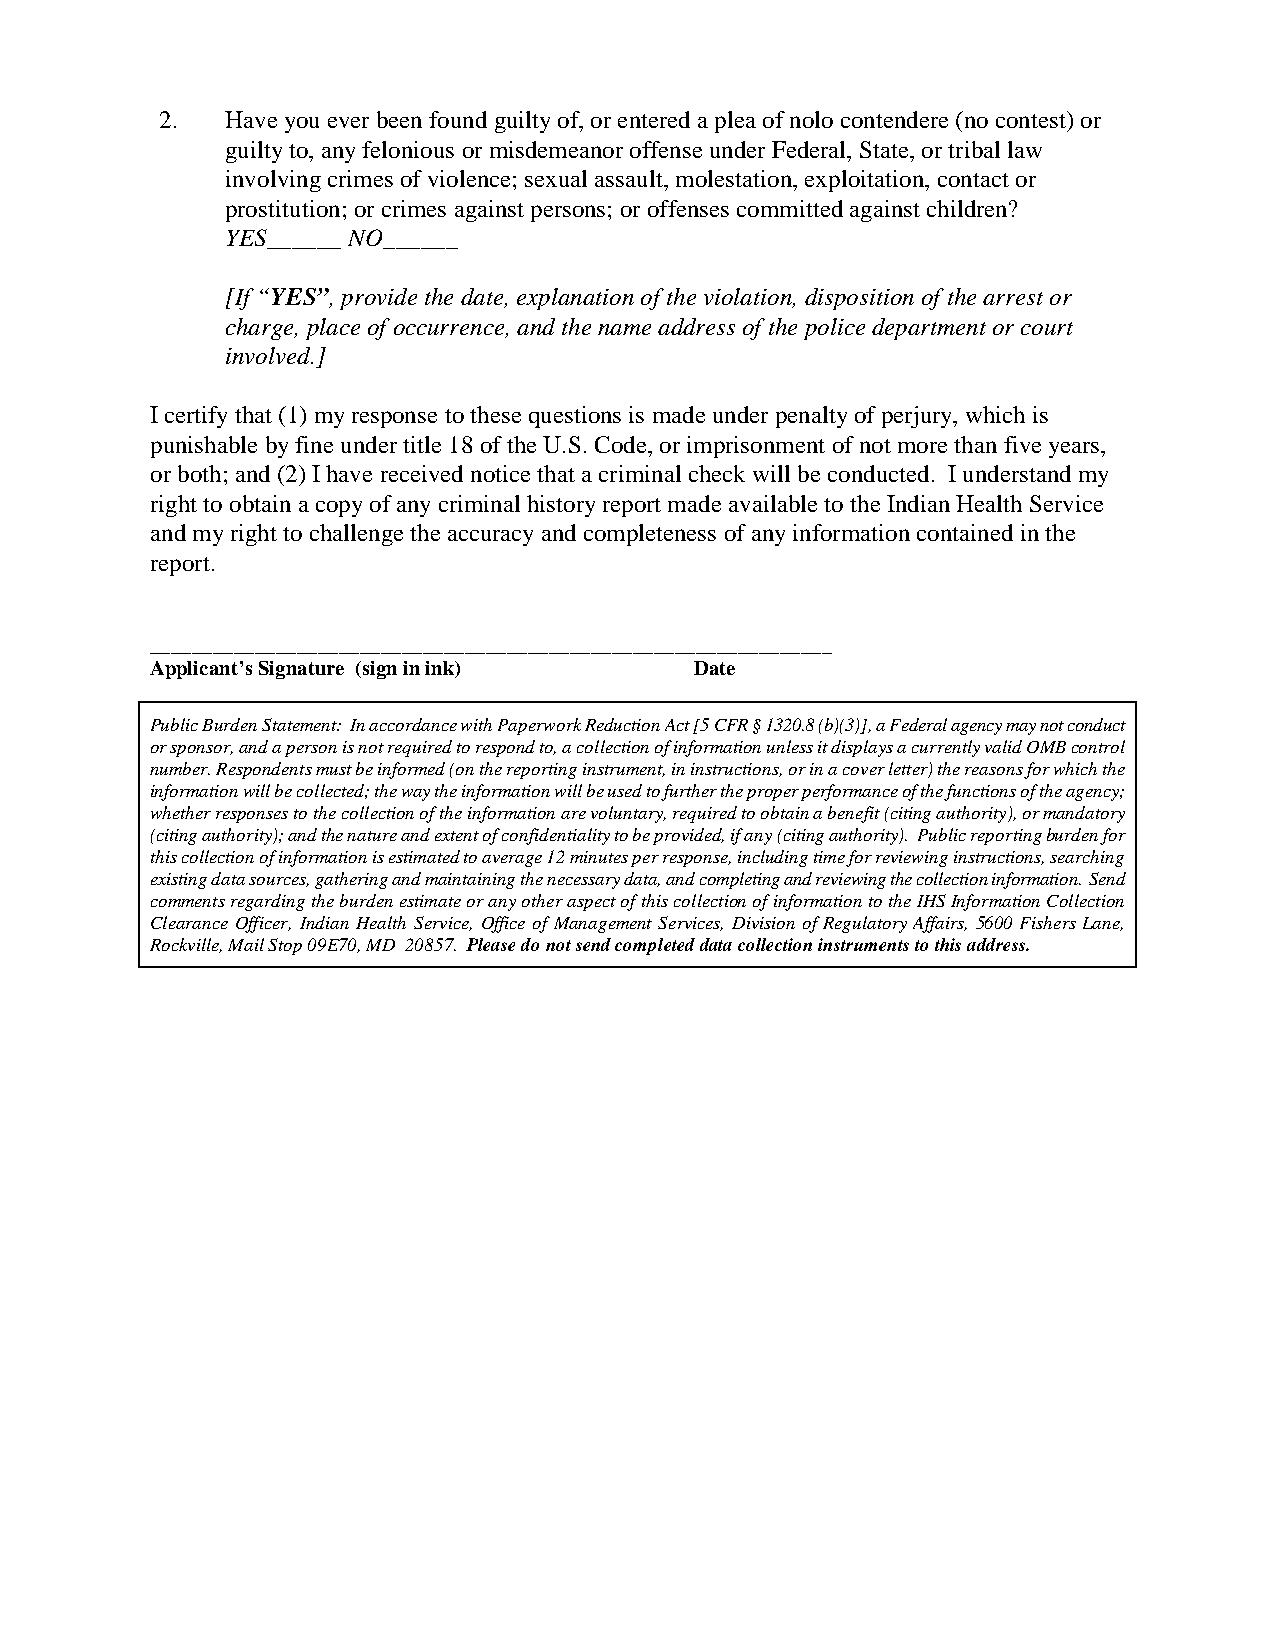
2.  Have you ever been found guilty of, or entered a plea of nolo contendere (no contest) or
 guilty to, any felonious or misdemeanor offense under Federal, State, or tribal law
 involving crimes of violence; sexual assault, molestation, exploitation, contact or
 prostitution; or crimes against persons; or offenses committed against children?
 YES______ NO______
 [If “YES”, provide the date, explanation of the violation, disposition of the arrest or
 charge, place of occurrence, and the name address of the police department or court
 involved.]
 I certify that (1) my response to these questions is made under penalty of perjury, which is
 punishable by fine under title 18 of the U.S. Code, or imprisonment of not more than five years,
 or both; and (2) I have received notice that a criminal check will be conducted. I understand my
 right to obtain a copy of any criminal history report made available to the Indian Health Service
 and my right to challenge the accuracy and completeness of any information contained in the
 report.
 _________________________________________________________________
 Applicant’s Signature (sign in ink) Date
 Public Burden Statement: In accordance with Paperwork Reduction Act [5 CFR § 1320.8 (b)(3)], a Federal agency may not conduct
 or sponsor, and a person is not required to respond to, a collection of information unless it displays a currently valid OMB control
 number. Respondents must be informed (on the reporting instrument, in instructions, or in a cover letter) the reasons for which the
 information will be collected; the way the information will be used to further the proper performance of the functions of the agency;
 whether responses to the collection of the information are voluntary, required to obtain a benefit (citing authority), or mandatory
 (citing authority); and the nature and extent of confidentiality to be provided, if any (citing authority). Public reporting burden for
 this collection of information is estimated to average 12 minutes per response, including time for reviewing instructions, searching
 existing data sources, gathering and maintaining the necessary data, and completing and reviewing the collection information. Send
 comments regarding the burden estimate or any other aspect of this collection of information to the IHS Information Collection
 Clearance Officer, Indian Health Service, Office of Management Services, Division of Regulatory Affairs, 5600 Fishers Lane,
 Rockville, Mail Stop 09E70, MD 20857. Please do not send completed data collection instruments to this address.